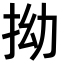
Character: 拗